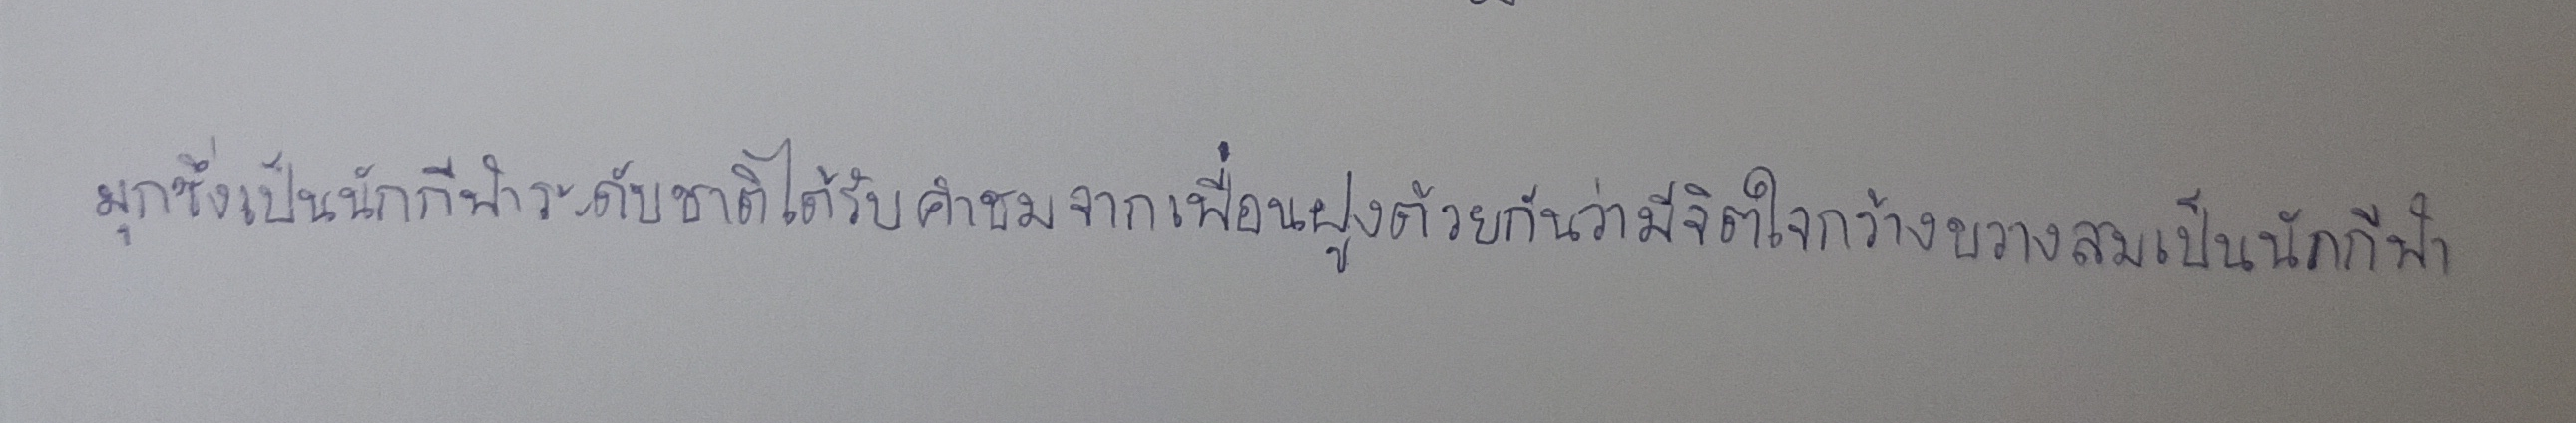
มุกซึ่งเป็นนักกีฬาระดับชาติได้รับคำชมจากเพื่อนฝูงด้วยกันว่ามีจิตใจกว้างขวางสมเป็นนักกีฬา